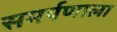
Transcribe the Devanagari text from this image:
समर्पणाला